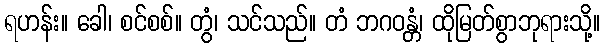
ရဟန်း။ ခေါ၊ စင်စစ်။ တွံ၊ သင်သည်။ တံ ဘဂဝန္တံ၊ ထိုမြတ်စွာဘုရားသို့။